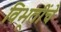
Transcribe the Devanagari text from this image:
विभूतींचे